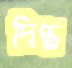
দিপ্ত